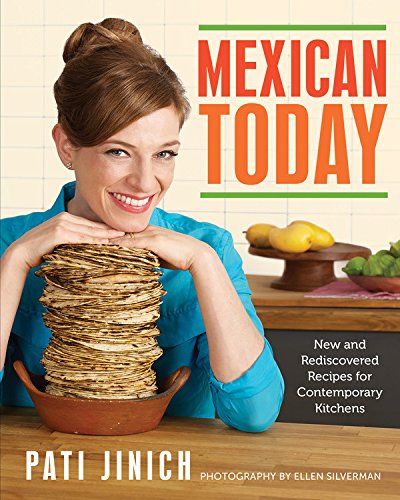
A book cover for Mexican Today: New and Rediscovered Recipes for Contemporary Kitchens; Pati Jinich; Cookbooks, Food & Wine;